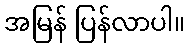
အမြန် ပြန်လာပါ။